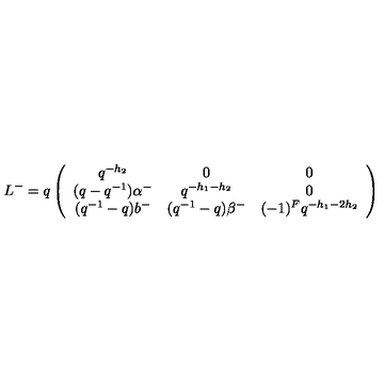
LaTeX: L ^ { - } = q \left( \begin{array} { c c c } { q ^ { - h _ { 2 } } } & { 0 } & { 0 } \\ { ( q - q ^ { - 1 } ) \alpha ^ { - } } & { q ^ { - h _ { 1 } - h _ { 2 } } } & { 0 } \\ { ( q ^ { - 1 } - q ) b ^ { - } } & { ( q ^ { - 1 } - q ) \beta ^ { - } } & { ( - 1 ) ^ { F } q ^ { - h _ { 1 } - 2 h _ { 2 } } } \\ \end{array} \right)